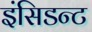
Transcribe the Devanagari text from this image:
इंसिडन्ट